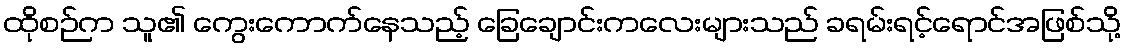
ထိုစဉ်က သူ၏ ကွေးကောက်နေသည့် ခြေချောင်းကလေးများသည် ခရမ်းရင့်ရောင်အဖြစ်သို့